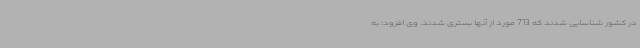
در کشور شناسایی شدند که 713 مورد از آنها بستری شدند. وی افزود: به